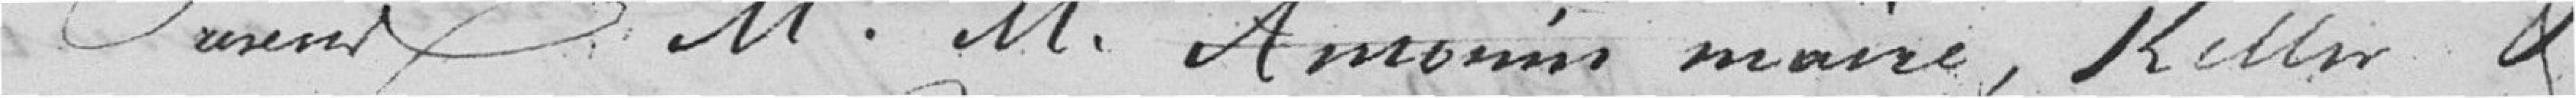
M. M. Amonin maire, Kellen